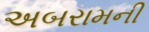
અબરામની